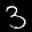
Label: 3